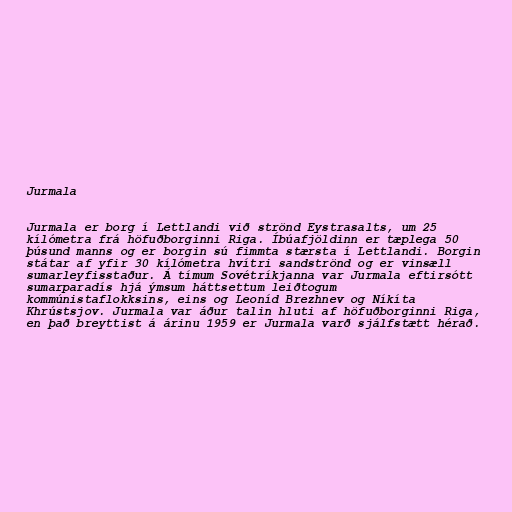
Jurmala

Jurmala er borg í Lettlandi við strönd Eystrasalts, um 25
kílómetra frá höfuðborginni Riga. Íbúafjöldinn er tæplega 50
þúsund manns og er borgin sú fimmta stærsta í Lettlandi. Borgin
státar af yfir 30 kílómetra hvítri sandströnd og er vinsæll
sumarleyfisstaður. Á tímum Sovétríkjanna var Jurmala eftirsótt
sumarparadís hjá ýmsum háttsettum leiðtogum
kommúnistaflokksins, eins og Leoníd Brezhnev og Níkíta
Khrústsjov. Jurmala var áður talin hluti af höfuðborginni Riga,
en það breyttist á árinu 1959 er Jurmala varð sjálfstætt hérað.